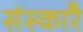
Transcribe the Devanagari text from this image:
संस्कारै